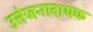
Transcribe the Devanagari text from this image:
उत्तेजनादायक